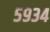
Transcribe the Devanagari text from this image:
५९३४